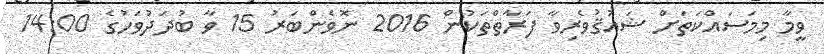
ވީމާ މިމަސައްކަތަށް ޝައުޤުވެރިވާ ފަރާތްތަކުން 2016 ނޮވެންބަރު 15 ވާ ބުދަދުވަހުގެ 14:00